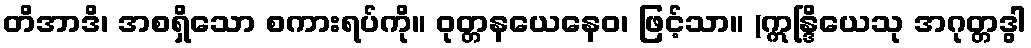
တိအာဒိ၊ အစရှိသော စကားရပ်ကို။ ဝုတ္တနယေနေဝ၊ ဖြင့်သာ။ (ဣန္ဒြိယေသု အဂုတ္တဒွါ